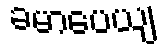
ခမာပေယျ